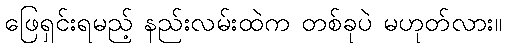
ဖြေရှင်းရမည့် နည်းလမ်းထဲက တစ်ခုပဲ မဟုတ်လား။